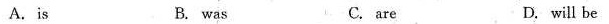
A.is B. was C. are D. will be